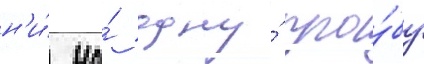
н'и́ на́ одну́ про́бу